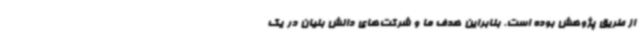
از طریق پژوهش بوده است. بنابراین هدف ما و شرکت‌های دانش بنیان در یک